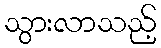
သွားလာသည့်